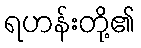
ရဟန်းတို့၏